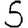
Digit: 5